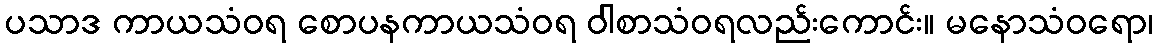
ပသာဒ ကာယသံဝရ စောပနကာယသံဝရ ဝါစာသံဝရလည်းကောင်း။ မနောသံဝရော၊